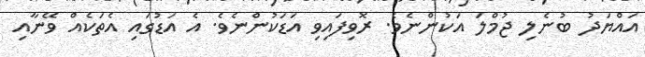
އައްޔަދު ބުނެލި ޖުމްލަ އަކުންނެވެ. ރޮވިފައިވި އަޑަކުންނެވެ. އެ އަޑުގައި އެތަކެއް ވޭނާއި